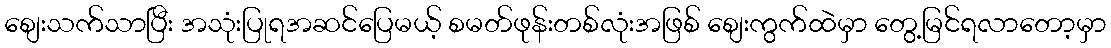
စျေးသက်သာပြီး အသုံးပြုရအဆင်ပြေမယ့် စမတ်ဖုန်းတစ်လုံးအဖြစ် စျေးကွက်ထဲမှာ တွေ့မြင်ရလာတော့မှာ